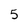
Character: 5